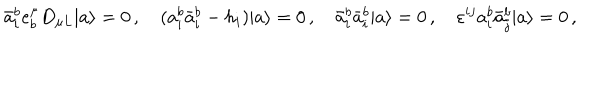
\bar { a } _ { i } ^ { b } e _ { b } ^ { \mu } D _ { \mu L } | a \rangle = 0 \, , \quad ( a _ { i } ^ { b } \bar { a } _ { i } ^ { b } - h _ { i } ) | a \rangle = 0 \, , \quad \bar { a } _ { i } ^ { b } \bar { a } _ { i } ^ { b } | a \rangle = 0 \, , \quad \varepsilon ^ { i j } a _ { i } ^ { b } \bar { a } _ { j } ^ { b } | a \rangle = 0 \, ,